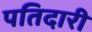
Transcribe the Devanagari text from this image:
पतिदारी